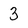
Character: 3